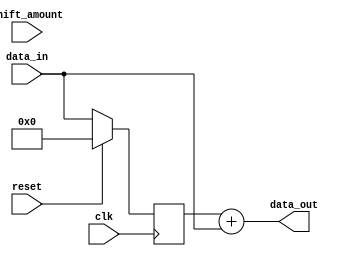
module shift_add_register (
  input wire clk,
  input wire reset,
  input wire [7:0] data_in,
  input wire shift_amount,
  output reg [7:0] data_out
);

reg [7:0] shift_reg;
reg [7:0] shifted_data;

always @(posedge clk) begin
  if (reset) begin
    shift_reg <= 8'b0;
  end else begin
    shift_reg <= {shift_reg[7:shift_amount], data_in};
  end
end

always @(*) begin
  shifted_data = shift_reg + data_in;
end

assign data_out = shifted_data;

endmodule